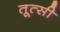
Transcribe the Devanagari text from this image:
तूत्सी